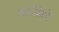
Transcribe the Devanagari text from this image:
अपशिंगे